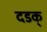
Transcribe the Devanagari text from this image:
दडक्